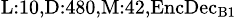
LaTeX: _{\textrm{L}:10,\textrm{D}:480,\textrm{M}:42,\textrm{EncDec}_{\textrm{B}1}}